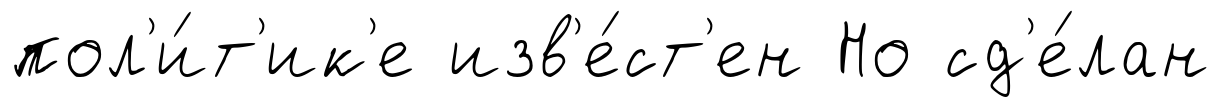
пол'и́т'ик'е изв'е́ст'ен Но сд'е́лан